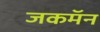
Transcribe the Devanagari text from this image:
जकमॅन